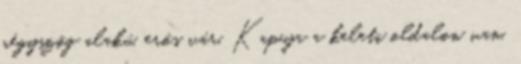
négyszög alakú, erős vár. Kapuja a keleti oldalon van,